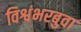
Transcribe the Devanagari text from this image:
विश्वंभरबुवा